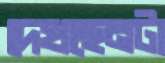
দেখছেনটা